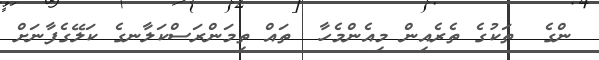
ންގެ  ތަކުގެ ތެރެއިން މިއެންމެހާ  ތައް ތިމަންރަސްކަލާނގެ ކަލޭގެފާނަށް